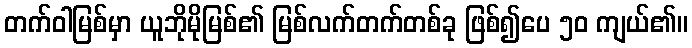
တက်ဝါမြစ်မှာ ယူဘိုမိုမြစ်၏ မြစ်လက်တက်တစ်ခု ဖြစ်၍ပေ ၅၀ ကျယ်၏။